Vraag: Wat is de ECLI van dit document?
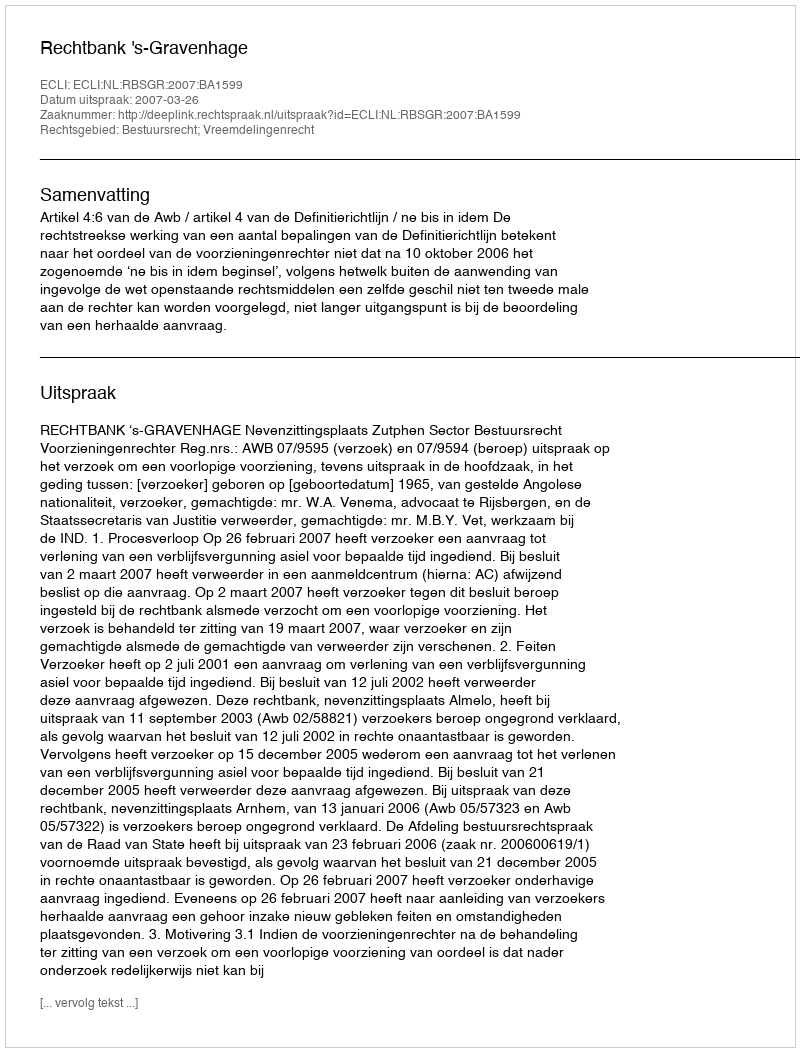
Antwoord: ECLI:NL:RBSGR:2007:BA1599